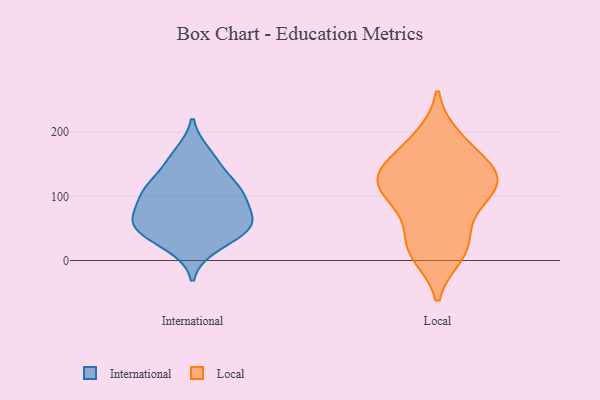
{"axis": {"x": "Production Output", "y": "Value"}, "legend": ["International", "Local"], "data": [{"x": "", "y": 63, "type": "International"}, {"x": "", "y": 42, "type": "International"}, {"x": "", "y": 22, "type": "International"}, {"x": "", "y": 55, "type": "International"}, {"x": "", "y": 62, "type": "International"}, {"x": "", "y": 95, "type": "International"}, {"x": "", "y": 114, "type": "International"}, {"x": "", "y": 167, "type": "International"}, {"x": "", "y": 107, "type": "International"}, {"x": "", "y": 147, "type": "International"}, {"x": "", "y": 55, "type": "International"}, {"x": "", "y": 107, "type": "International"}, {"x": "", "y": 128, "type": "Local"}, {"x": "", "y": 10, "type": "Local"}, {"x": "", "y": 83, "type": "Local"}, {"x": "", "y": 191, "type": "Local"}, {"x": "", "y": 133, "type": "Local"}, {"x": "", "y": 131, "type": "Local"}, {"x": "", "y": 19, "type": "Local"}, {"x": "", "y": 89, "type": "Local"}, {"x": "", "y": 30, "type": "Local"}, {"x": "", "y": 131, "type": "Local"}, {"x": "", "y": 175, "type": "Local"}, {"x": "", "y": 121, "type": "Local"}]}